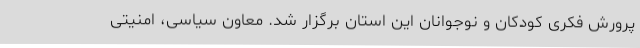
پرورش فکری کودکان و نوجوانان این استان برگزار شد. معاون سیاسی، امنیتی